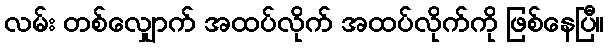
လမ်း တစ်လျှောက် အထပ်လိုက် အထပ်လိုက်ကို ဖြစ်နေပြီ။